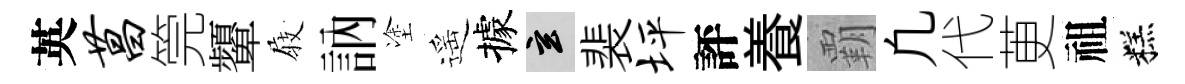
英菖筦顰𡲆訥塗遥據玄裴坪評養覇凢代茰祖糕